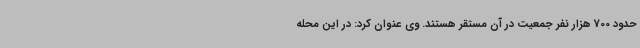
حدود 700 هزار نفر جمعیت در آن مستقر هستند. وی عنوان کرد: در این محله